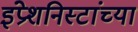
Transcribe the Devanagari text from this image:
इंप्रेशनिस्टांच्या